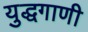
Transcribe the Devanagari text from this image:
युद्धगाणी